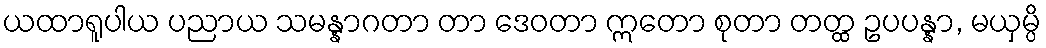
ယထာရူပါယ ပညာယ သမန္နာဂတာ တာ ဒေဝတာ ဣတော စုတာ တတ္ထ ဥပပန္နာ, မယှမ္ပိ